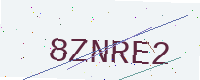
Text: 8ZNRE2